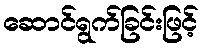
ဆောင်ရွက်ခြင်းဖြင့်